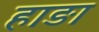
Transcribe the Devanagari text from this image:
हाङा